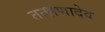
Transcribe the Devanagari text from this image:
तत्क्षणादेव